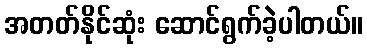
အတတ်နိုင်ဆုံး ဆောင်ရွက်ခဲ့ပါတယ်။